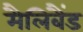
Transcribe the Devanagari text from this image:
मैलिबैंड